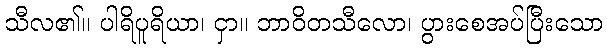
သီလ၏။ ပါရိပူရိယာ၊ ငှာ။ ဘာဝိတသီလော၊ ပွားစေအပ်ပြီးသော